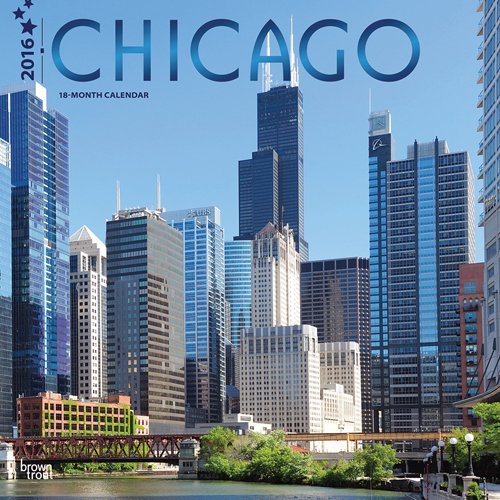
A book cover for Chicago 2016 Square 12x12 (ST-Dark Blue Foil); Browntrout Publishers; Calendars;